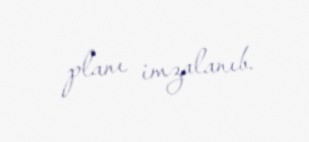
planı imzalanıb.